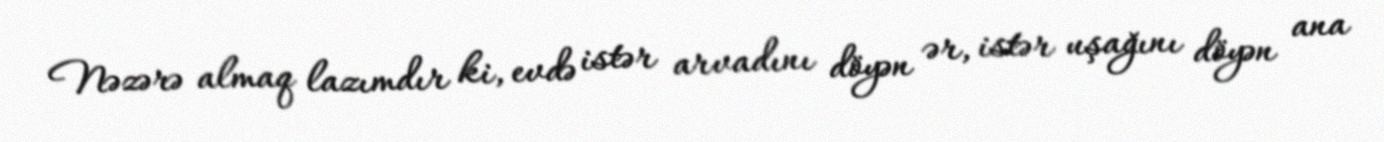
Nəzərə almaq lazımdır ki, evdə istər arvadını döyən ər, istər uşağını döyən ana